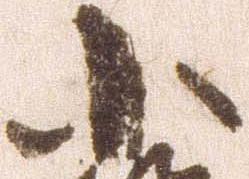
小